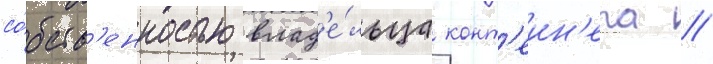
со́бств'енностью влад'е́льца конт'еин'ера //